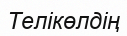
Телікөлдің